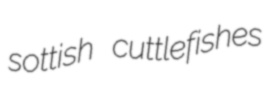
sottish cuttlefishes